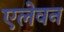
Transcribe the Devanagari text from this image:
एलेवन